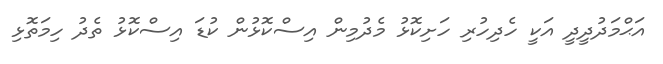
އަޙްމަދުދީދީ އަކީ ހެދިހުރި ހަށިކޮޅު މެދުމިން އިސްކޮޅުން ކުޑަ އިސްކޮޅު ތެދު ހިމަތޮޅި